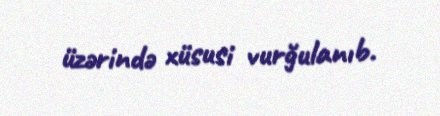
üzərində xüsusi vurğulanıb.